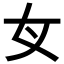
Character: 𡚦